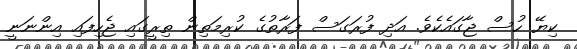
ކިޔޭ ހުސް ޖާގައެކެވެ. އަދި ފުރަގަސް ފަރާތުގެ ކުރިމަތިން ތިރީގައި ޖެހިފައި އިންނަނީ